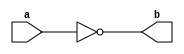
module NotGate(a,b) ;

output b ;
input a ;

nand(b,a,a) ;

endmodule 

module AndGate(a,b,c) ;

output c ;
input a,b ;
wire x ;

nand(x,a,b) ;
nand(c,x,x) ; 

endmodule 

module OrGate(a,b,c) ;

output c ;
input a,b ;
wire x,y ;

nand(x,a,a) ;
nand(y,b,b) ;
nand(c,x,y) ;

endmodule 

module XorGate(a,b,c) ;

output c ; 
input a,b ;
wire a_,b_,x,y ;

NotGate Na(a,a_) ;
NotGate Nb(b,b_) ;
AndGate A1(a,b_,x) ;
AndGate A2(a_,b,y) ;
OrGate O(x,y,c) ;

endmodule 

module HalfAdder(a,b,s,c) ;

output s,c ;
input a,b ;

AndGate A(a,b,c) ;
XorGate X(a,b,s) ;

endmodule 

module Inc16Bit(a,b) ;

output [15:0] b ;
input [15:0] a ;
wire [15:0] c ;

HalfAdder H1(a[0],1'b1,b[0],c[0]) ;
HalfAdder H2(a[1],c[0],b[1],c[1]) ; 
HalfAdder H3(a[2],c[1],b[2],c[2]) ; 
HalfAdder H4(a[3],c[2],b[3],c[3]) ; 
HalfAdder H5(a[4],c[3],b[4],c[4]) ; 
HalfAdder H6(a[5],c[4],b[5],c[5]) ; 
HalfAdder H7(a[6],c[5],b[6],c[6]) ; 
HalfAdder H8(a[7],c[6],b[7],c[7]) ; 
HalfAdder H9(a[8],c[7],b[8],c[8]) ; 
HalfAdder H10(a[9],c[8],b[9],c[9]) ; 
HalfAdder H11(a[10],c[9],b[10],c[10]) ; 
HalfAdder H12(a[11],c[10],b[11],c[11]) ; 
HalfAdder H13(a[12],c[11],b[12],c[12]) ;
HalfAdder H14(a[13],c[12],b[13],c[13]) ; 
HalfAdder H15(a[14],c[13],b[14],c[14]) ; 
HalfAdder H16(a[15],c[14],b[15],c[15]) ;  

endmodule